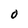
Character: 0